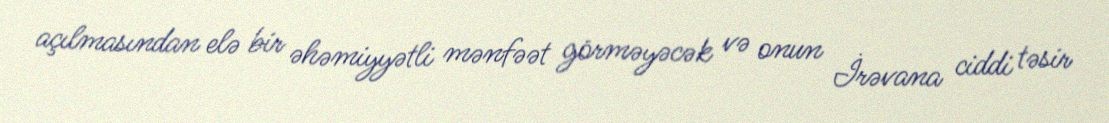
açılmasından elə bir əhəmiyyətli mənfəət görməyəcək və onun İrəvana ciddi təsir